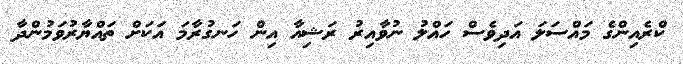
ކްރެއިންގެ މައްސަލަ އަދިވެސް ހައްލު ނުވާއިރު ރަޝިއާ އިން ހަނގުރާމަ އަކަށް ތައްޔާރުވަމުންދާ